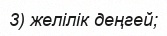
3) желілік деңгей;